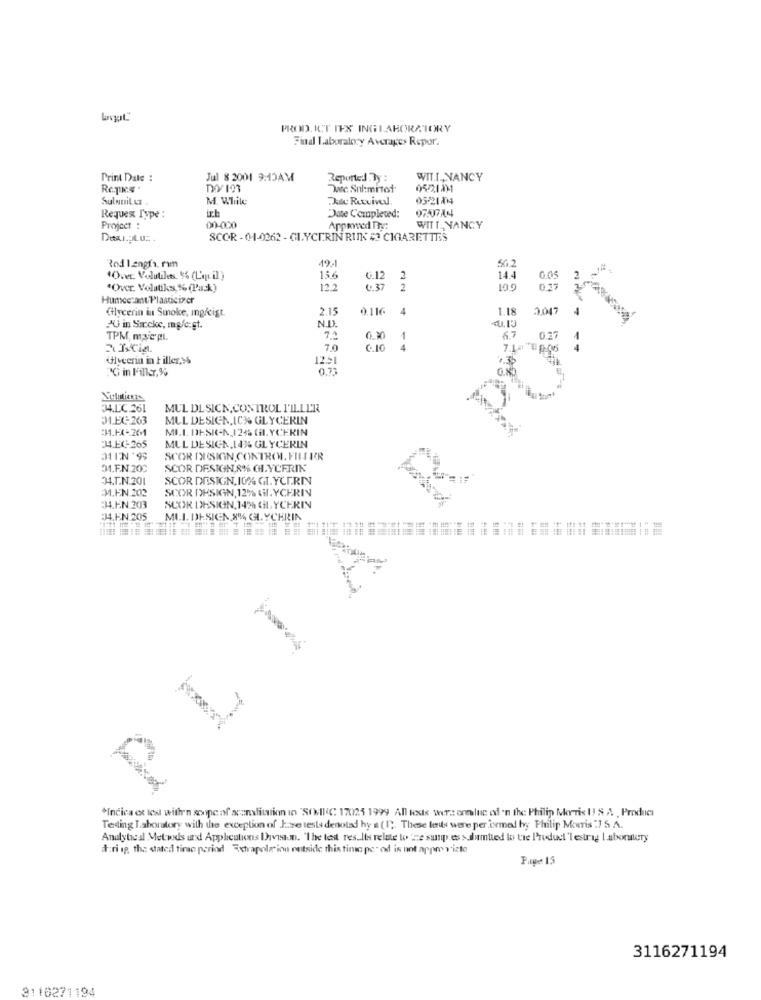
PROD. ICT IES INGLABORATORY
Final Laboratory Averages Repor.
Print Date :
Jul 8 2001 9:15AM
Reported By :
WIT.T ., NANCY
Desc. Sul:mitot
0521131
Sulnuit Lt
M. While
Ju Rutvivel.
05-218014
ich
Reques Type :
Date Completed:
Project :
00-000
Appewed The:
WITT_ NANCY
SCOR -04-0262 - GLYCERIN RUNK # CIGARETTES
19.1
Rod langts. rım
56.2
"Over. Volutiles 5% (L'ap. il)
15.6
G.12
2
144
0.05
"Over. Volatiks % (Pack)
122
0:37
2
109
Humec ant/Plasticizer
PLIA R POST
CHlycerin in Smoke, mg/cist.
2.15
0.116
4
1.18
AU in Sorcke, mg/c:gt.
N.D.
TPM, myepl.
70
1
70
6.10
4
Glycerin in tiller,9%
12-1
G in Piller,%
34.L.C.261
MUL DLSICK, CONTROL P'ILLER
01.EG263
MUL DESIGN, IC% GLYCERIN
1.1X-261
MIL DESIGN 124 GHL.YCERIN
34.EC265
MUL DESIGN,14% GLYCERIN
SCOR DESIGN.CONTROL. FILLER
31.E.N.200
SCOR DESIGN,8% GLYCERIN
34.T.N.201
SCOR DESIGN, 10% GLYCERIN
M.EN 202
SCOR DESIGN, 12% GLYCERIN
34.EN 203
SCOR DESIGN,14% GLYCERIN
34.EN 205
MLI. DESIGN ,8% GLYCERIN
"Indica et les withen soupe af scanslitation in "SOMI(C 17025 1999 All toske wers ennluc of 'n the Philip Morris I! & A Produci
Testing Laboratory with the exception of Jese tests denoted hy a (1). These les were performed byy Philip Morris :7 S. A.
Analytical Metwds and Applications Divian. "The test results relate to 'ne susp.es > dumtied to the Product 'lestryg Laboralery
#:ri ip, tha stated timo period Extrapole'inn outside this time pe" od is not appmy vizte
Page 15
3116271194
3110271194